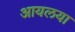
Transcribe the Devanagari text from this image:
आयलया